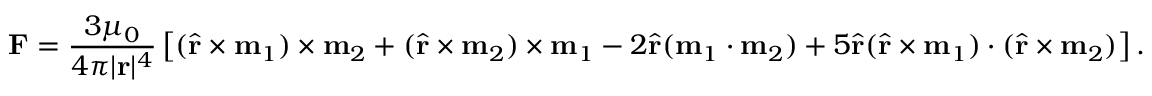
\mathbf { F } = { \frac { 3 \mu _ { 0 } } { 4 \pi | \mathbf { r } | ^ { 4 } } } \left[ ( { \hat { \mathbf { r } } } \times \mathbf { m } _ { 1 } ) \times \mathbf { m } _ { 2 } + ( { \hat { \mathbf { r } } } \times \mathbf { m } _ { 2 } ) \times \mathbf { m } _ { 1 } - 2 { \hat { \mathbf { r } } } ( \mathbf { m } _ { 1 } \cdot \mathbf { m } _ { 2 } ) + 5 { \hat { \mathbf { r } } } ( { \hat { \mathbf { r } } } \times \mathbf { m } _ { 1 } ) \cdot ( { \hat { \mathbf { r } } } \times \mathbf { m } _ { 2 } ) \right] .